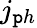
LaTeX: j_{\mathtt{p}h}